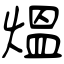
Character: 熅